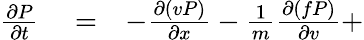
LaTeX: \begin{array}{rlr}{{\frac{\partial P}{\partial t}}}&{{}=}&{-{\frac{\partial(vP)}{\partial x}}-{\frac{1}{m}}{\frac{\partial(fP)}{\partial v}}+}\end{array}